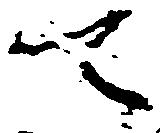
て